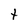
Character: t